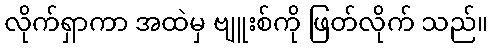
လိုက်ရှာကာ အထဲမှ ဗျူးစ်ကို ဖြတ်လိုက် သည်။